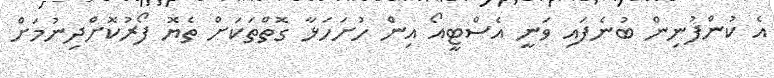
އެ ކުންފުނިން ބުނެފައި ވަނީ އެސްޓީއޯ އިން ހުށަހަޅާ ގޮތްތަކަށް ތެޔޮ ފޯރުކޮށްދިނުމަށް